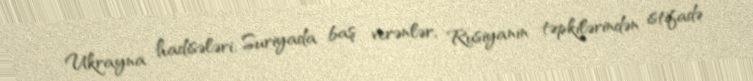
Ukrayna hadisələri, Suriyada baş verənlər, Rusiyanın təpkilərindən istifadə